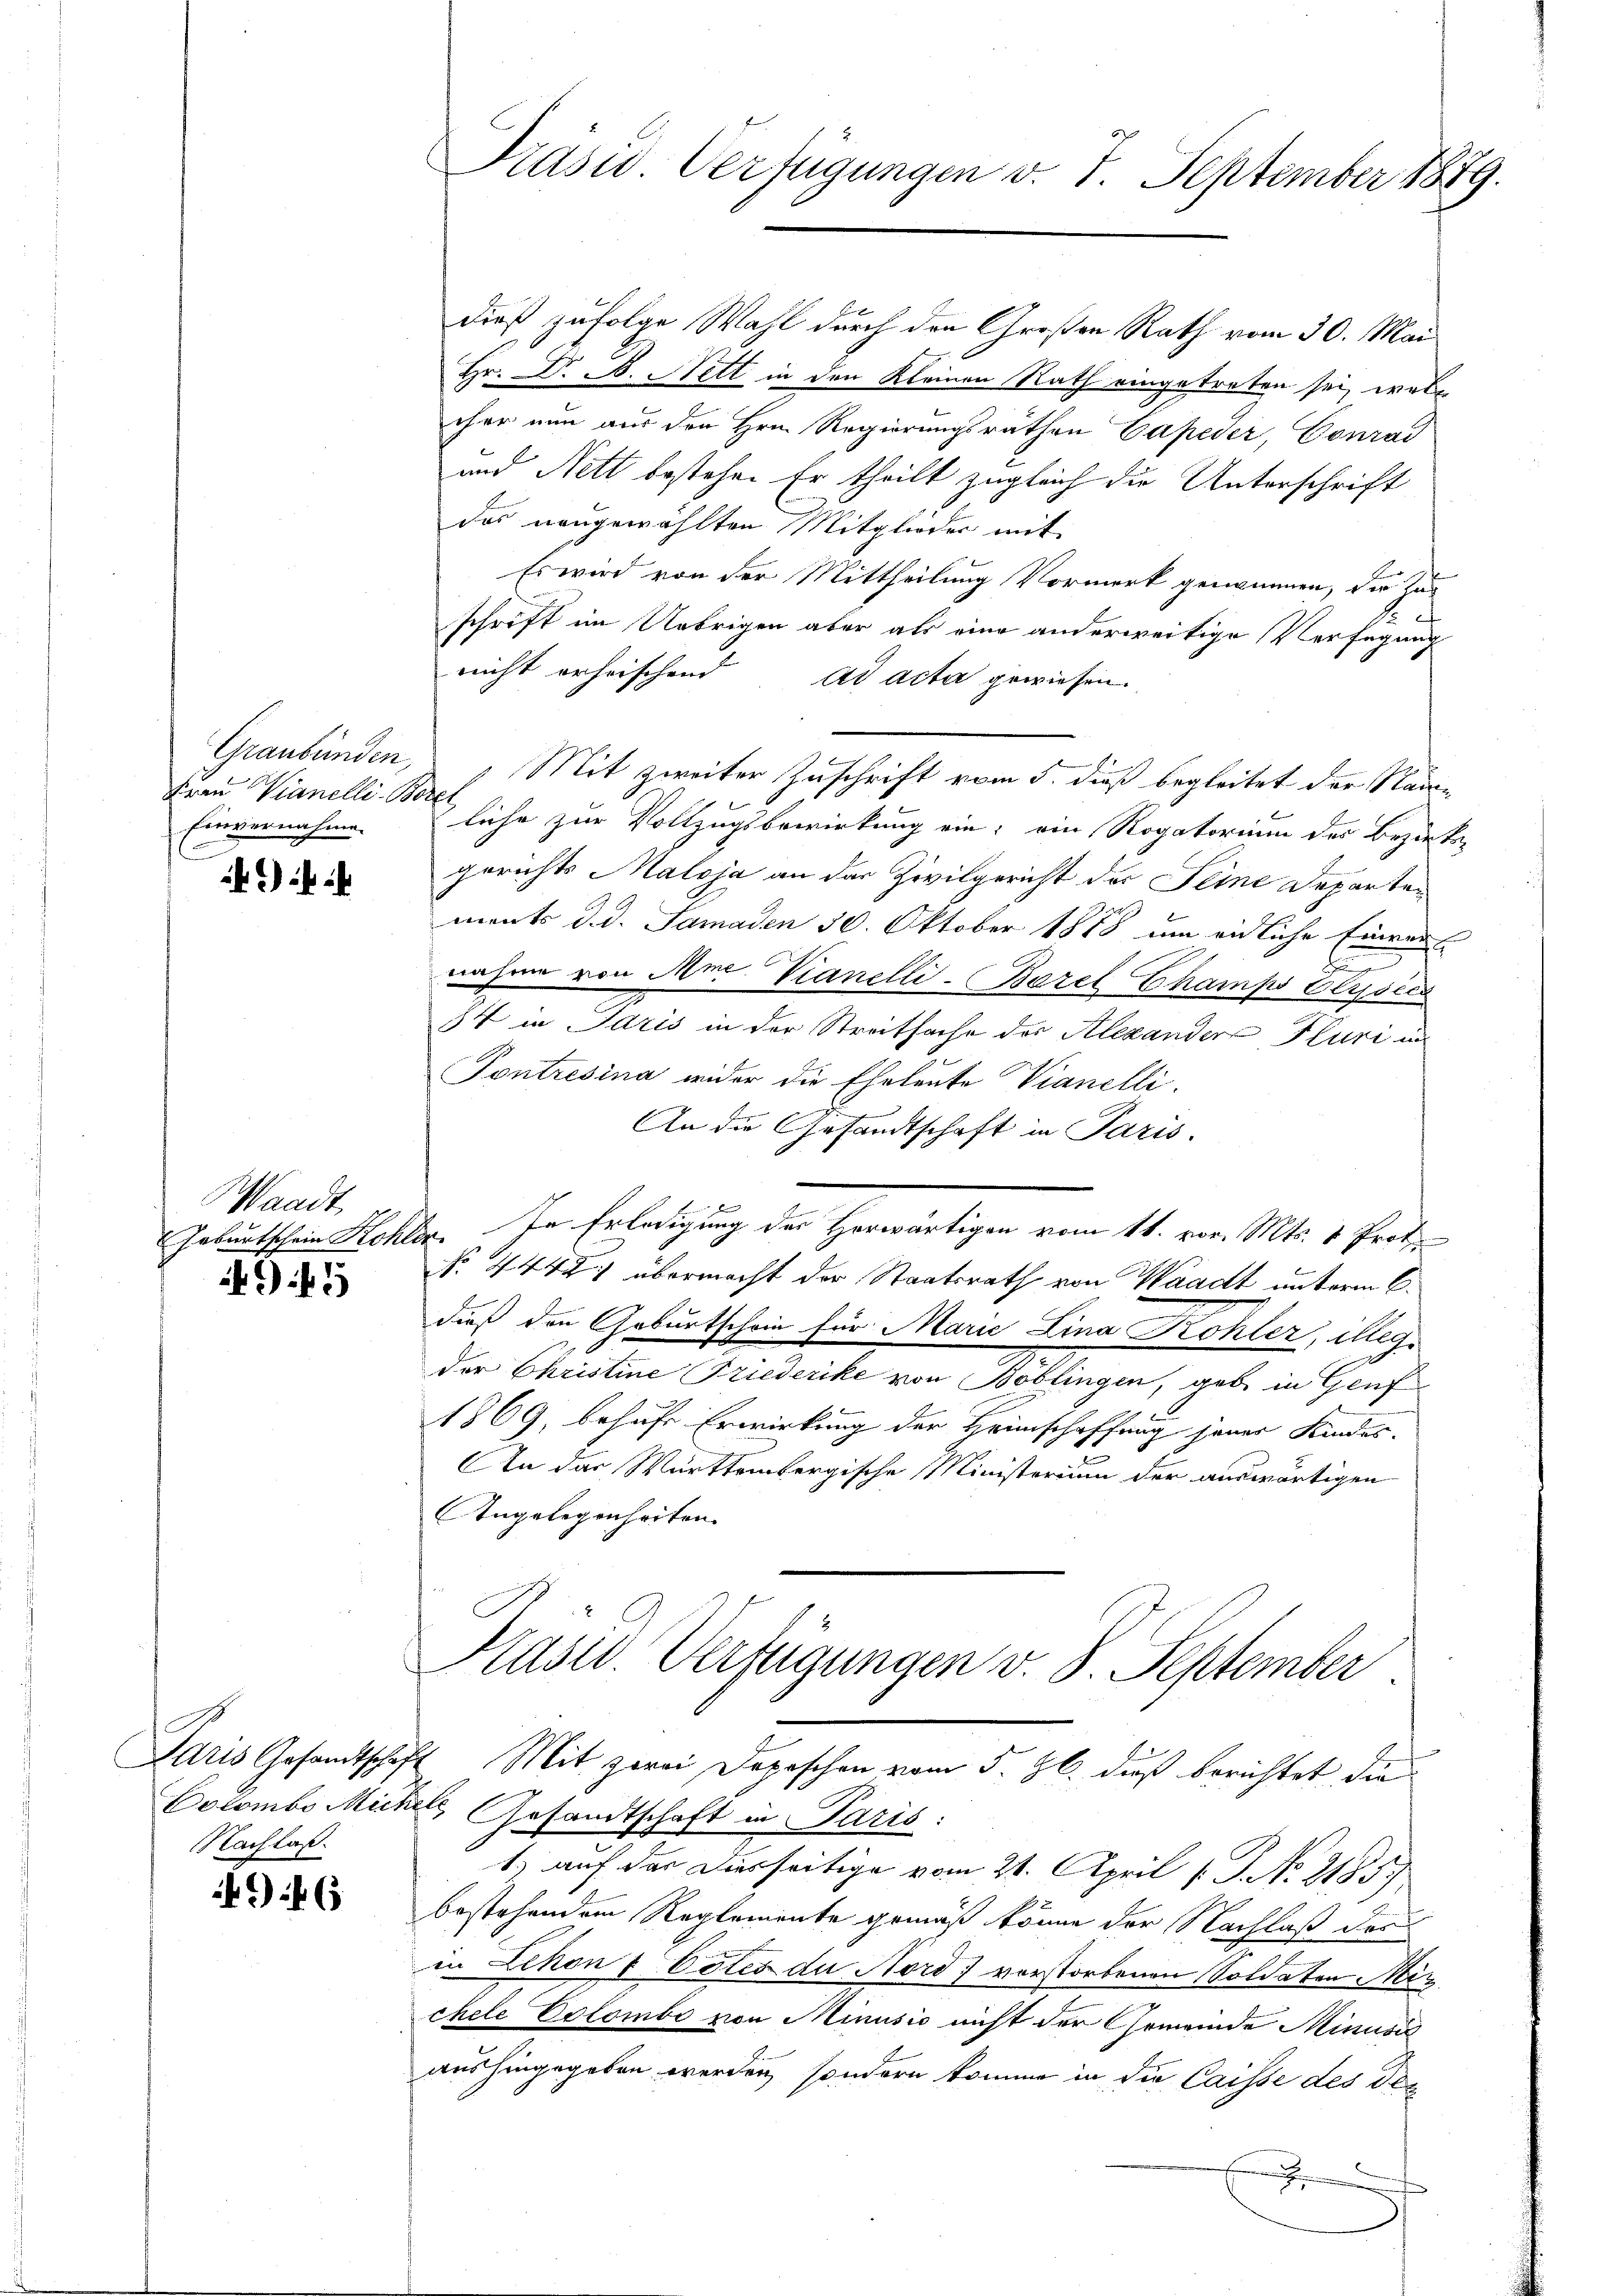
Frau Vianelli Bezel
Einvernahme.

Waadt,

G 1

Nachlaß.

6

Präsid Verfügungen v. 7. September 1889.

dieß zufolge Wahl durch den Großen Rath vom 30. Mai
E
Hr. Dr. B. Nett in den Kleinen Rath eingetreten sei, wobe
cher nun aus der Hrn. Regierungsräthen Capeder, Conrad
und Nett bestehen Er theilt zugleich die Unterschrift
das neugewählten Mitglieder mit
Es wird von der Mittheilung Vormerk genommen, der Zug
schrift im Uebrigen aber als eine anderweitige Verfügung
nicht erheischend ad acta gewiesen.
Graubünden, " Mit zweiter Zuschrift vom 5. dieß begleitet der Name
liche zur Vollzugsbewirkung ein; ein Rogatorium des Bezirke
gerichts Maloja an der Zivilgericht der Seine Departements d. d. Samaden 30. Oktober 1888 um eidliche Einvers
2
nahme von Amt Vianelli-Borel Champs Clysis
I4 in Paris in der Streitsache des Alexander Fluri in
Tontresina wider die Eheleute Vianelli.
An die Gesandtschaft in Paris.
d
Geburtschein Schler. In Erledigung des Horwärtigen vom 11. vor. Mts. 1 Prot
No. 4448 übermacht der Staatsrath von Waadt unterm 6.
dieß den Geburtschein für Marie Lina Kohler, illeg.
der Christine Friederike von Böblingen, gabe in Genf
1869, behufe Erwirkung der Heimschaffung jener Kindes-
An das Württembergische Ministerium der auswärtigen
Angelegenheiten.
Kluser. Verfügungen v. 8. September
Idris Gesandtschaft. Mit zwei Depeschen vom 5. Zl. dieß berichtet die
Colombo Michel, Gesandtschaft in Paris:
1. auf der Diesseitige vom 21. April [ P. No. 2185.
bestehendem Reglemente gemäß könne der Nachlaß der
in Schon 1 Cotes du Nord) vorstorbenen Soldaten Mir
chele Colombe von Minusić nicht der Gemeinde Minusi
aushingegeben werden, sondern komme in die Caisse des der
.